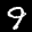
Label: 9